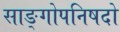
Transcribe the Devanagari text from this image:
साङ्गोपनिषदो